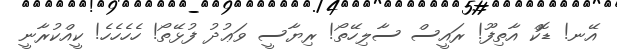
އޭނ! ޑޮކް އާތިފޫ! ރައީސް ސާލިހޭތޯ! ރިޔާސީ ވަޢުދު ފުޅޭތޯ! ހެހެހެހެ! ކީއްކުރާނީ